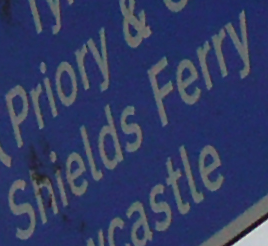
Shields Ferry